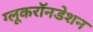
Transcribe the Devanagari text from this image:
ग्लूकरॉनडेशन